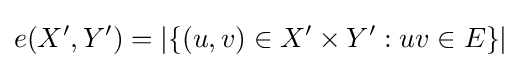
e(X',Y')=|\{(u,v)\in X'\times Y':uv\in E\}|